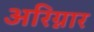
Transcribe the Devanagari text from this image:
अरिग्नार